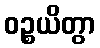
ဝဉ္စယိတွာ